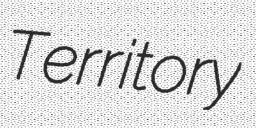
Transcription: Territory